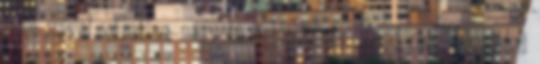
pont mivel váratlan, nagyobb a hibaesély. „Lepd meg ellenfeled